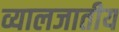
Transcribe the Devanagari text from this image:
व्यालजातीय